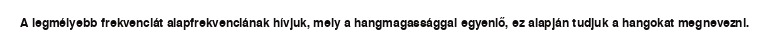
A legmélyebb frekvenciát alapfrekvenciának hívjuk, mely a hangmagassággal egyenlő, ez alapján tudjuk a hangokat megnevezni.